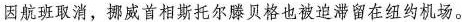
因航班取消，挪威首相斯托尔滕贝格也被迫滞留在纽约机场。